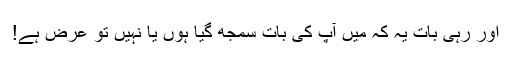
اور رہی بات یہ کہ میں آپ کی بات سمجھ گیا ہوں یا نہیں تو عرض ہے!